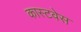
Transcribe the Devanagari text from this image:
कास्टवेस